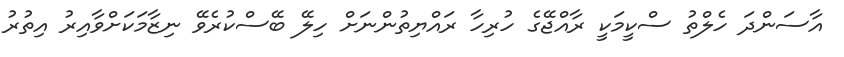
އާސަންދަ ހެލްތު ސްކީމަކީ ރާއްޖޭގެ ހުރިހާ ރައްޔިތުންނަށް ހިލޭ ބޭސްކުރެވޭ ނިޒާމަކަށްވާއިރު އިތުރު